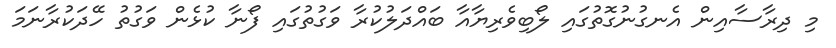
މި ދިރާސާއިން އެނގުނުގޮތުގައި ލޯބިވެރިޔާއާ ބައްދަލުކުރާ ވަގުތުގައި ފޯނާ ކުޅެން ވަގުތު ހޭދަކުރާނަމަ